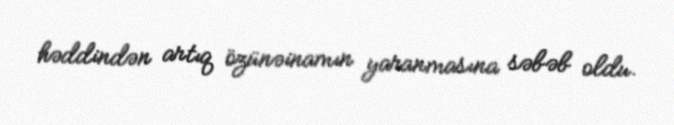
həddindən artıq özünəinamın yaranmasına səbəb oldu.